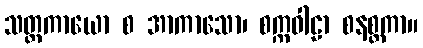
သတ္တကာယော စ အာကာသော၊ စက္ကဝါဠာ စနစ္တကာ။